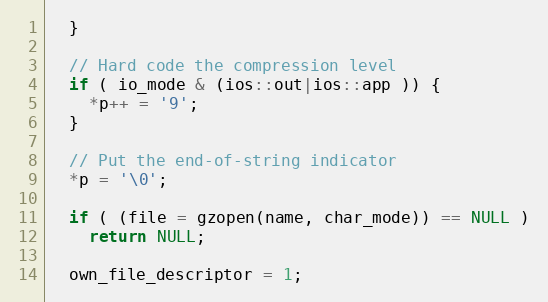
Language: C++
  }

  // Hard code the compression level
  if ( io_mode & (ios::out|ios::app )) {
    *p++ = '9';
  }

  // Put the end-of-string indicator
  *p = '\0';

  if ( (file = gzopen(name, char_mode)) == NULL )
    return NULL;

  own_file_descriptor = 1;